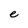
Character: e